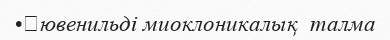
•	ювенильді миоклоникалық  талма